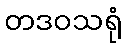
တဒဝသရုံ